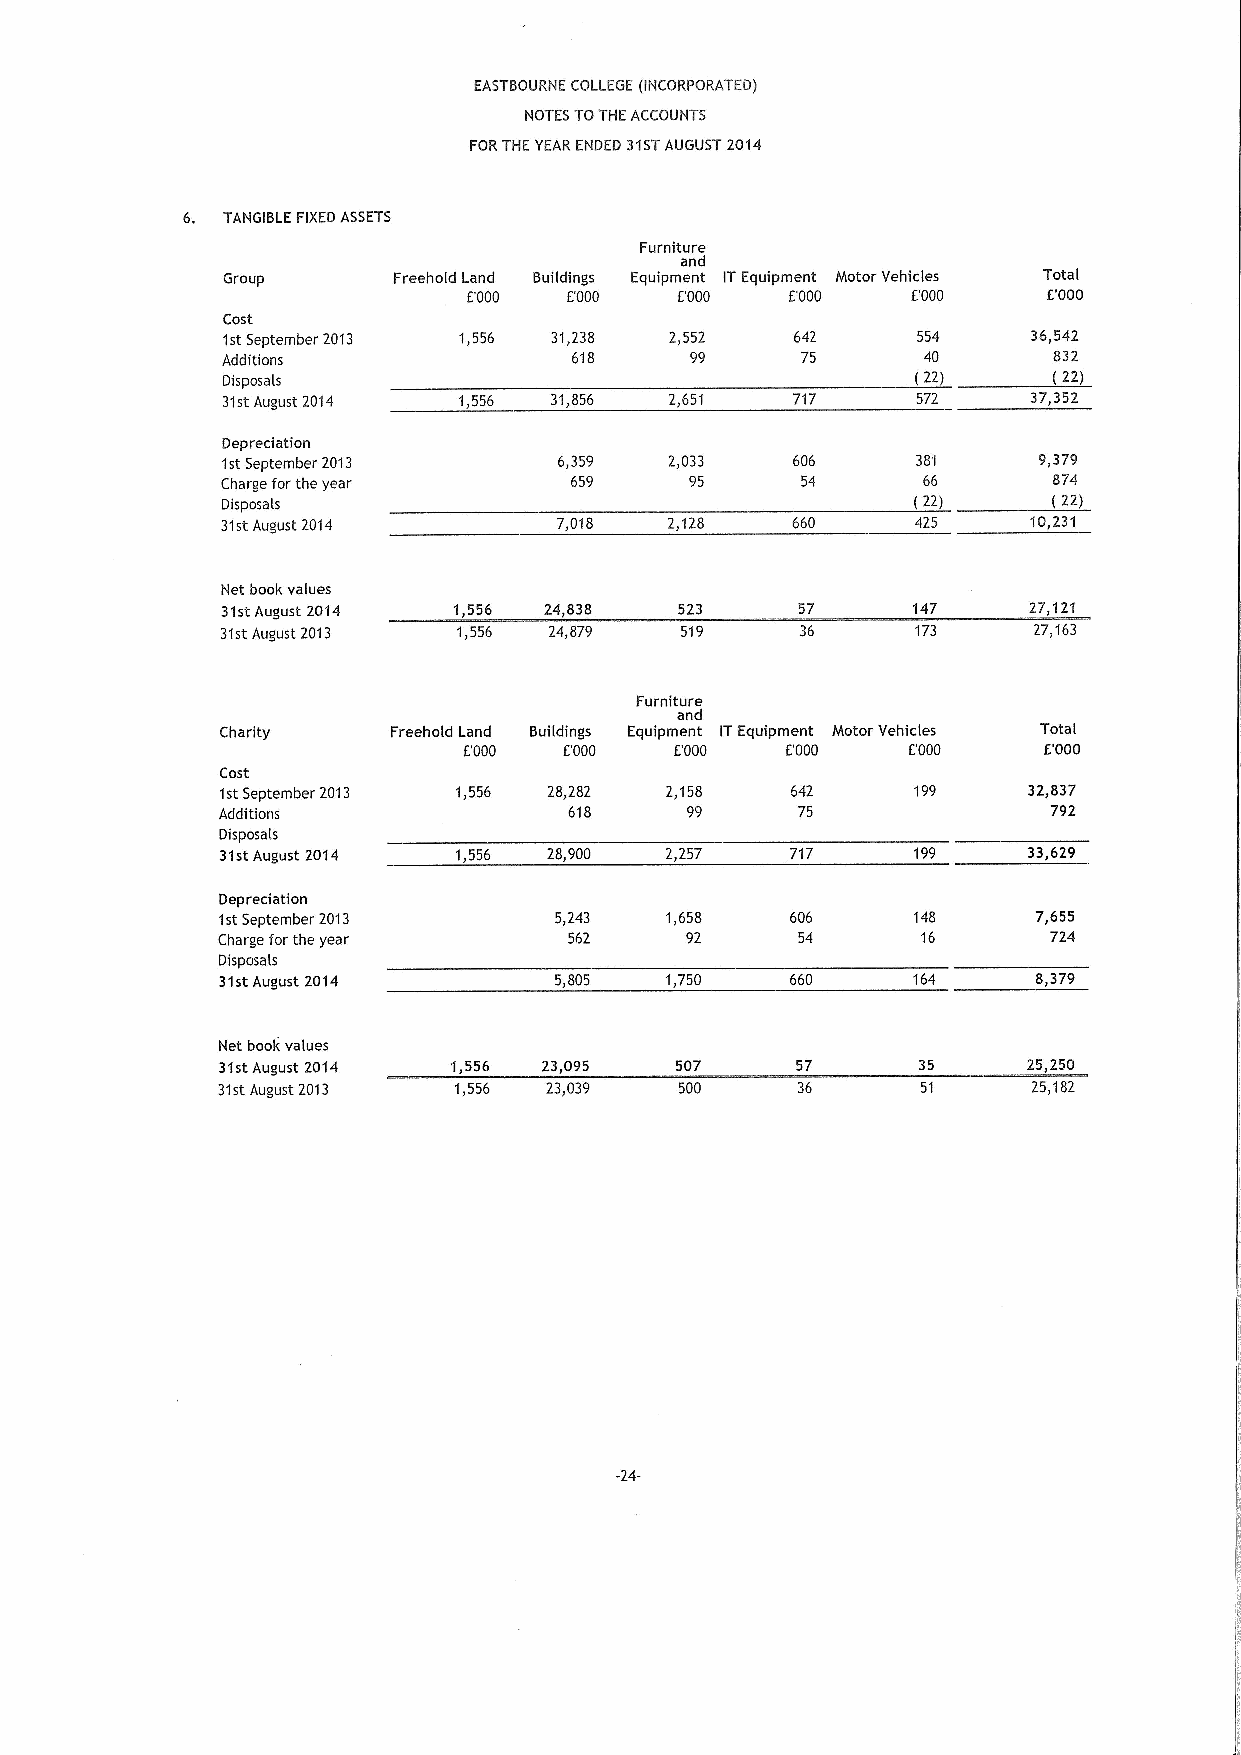
EASTBOURNE COLLEGE (INCORPORATED)
 NOTES TOTHEACCOUNTS
 FORTHE YEAR ENDED 31STAUGUST 2014
 6. TANGIBLE FIXEDASSETS
 Furniture
 and
 Group      Freehold Land Buildings Equipment ITEquipment Motor Vehicles Total
 E'000  E000   E'000  E'000   E'000    E'000
 Cost
 1stSeptember 2013 1,556 31,238 2,552  642     554    36,542
 Additions              618     99     75      40       832
 Disposals                                     (22)     (22)
 31stAugust 2014 1,556 31,856 2,651    717     572    37,352
 Depreciation
 1stSeptember 2013     6,359  2,033   606      381     9,379
 Charge forthe year     659     95     54      66       874
 Disposals                                    (22)      (22)
 31stAugust 2014       7,018  2,128   660      425    10,231
 Net book values
 31stAugust 2014 1,556 24,838  523     57     147     27,121
 31stAugust 2013 1,556 24,879  519     36      173    27,163
 Furniture
 and
 Charity    Freehold Land Buildings Equipment ITEquipment Motor Vehicles Total
 E'000 E'000   E'000  E'000   E'000    E'000
 Cost
 1stSeptember 2013 1,556 28,282 2,158 642      199    32,837
 Additions               618    99      75               792
 Disposals
 31stAugust 20'14 1,556 28,900 2,257  717     199     33,629
 Depreciation
 1stSeptember 2013      5,243  1,658   606     148      7,655
 Charge forthe year      562    92      54      16       724
 Disposals
 31stAugust 2014        5,805  1,750   660     164      8,379
 Net book values
 31stAugust 2014 1,556 23,095   507     57      35     25,250
 31stAugust 2013 1,556 23,039   500     36             25,182
 -24-